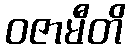
ဝဇာမီတိ